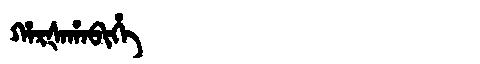
Manchu: ᡥᠠᡵᡧᠠᡥᠠᠪᡳᡥᡝ
Romanization: HARŠAHABIHE